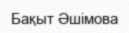
Бақыт Әшімова